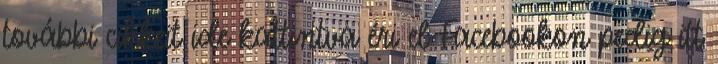
további cikkeit ide kattintva éri el Facebookon pedig itt